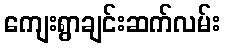
ကျေးရွာချင်းဆက်လမ်း